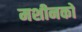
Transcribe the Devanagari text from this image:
मशीनको